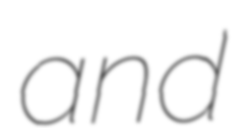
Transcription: and